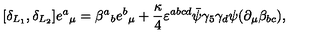
[ \delta _ { L _ { 1 } } , \delta _ { L _ { 2 } } ] e { ^ a } _ { \mu } = \beta { ^ a } _ { b } e { ^ b } _ { \mu } + { \frac { \kappa } { 4 } } \varepsilon ^ { a b c d } \bar { \psi } \gamma _ { 5 } \gamma _ { d } \psi ( \partial _ { \mu } \beta _ { b c } ) ,